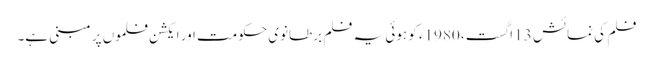
فلم کی نمائش 13 اگست، 1980ء کو ہوئی یہ فلم برطانوی حکومت اور ایکشن فلموں پر مبنی ہے۔